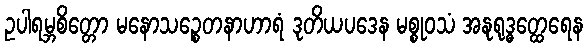
ဥပါရမ္ဘစိတ္တော မနောသဉ္စေတနာဟာရံ ဒုတိယပဒေန မစ္စုဝသံ အနုရုဒ္ဓတ္ထေရေန